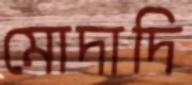
মোদাদি